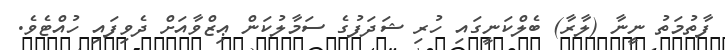
ފާތުމަތު ނީނާ (ލާރާ) ބެލްކަނީގައި ހުރި ޝަދަފުގެ ސަމާލުކަން ޢިޒްވާއަށް ދެވިފައި ހުއްޓެވެ.